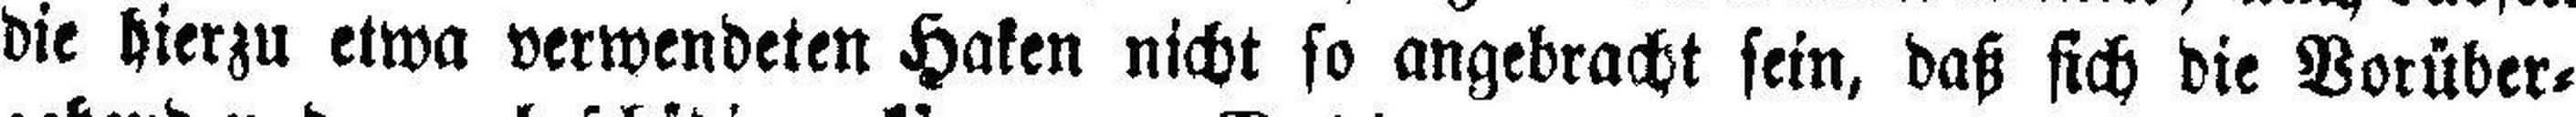
die hierzu etwa verwendeten Haken nicht so angebracht sein, daß sich die Vorüber¬